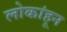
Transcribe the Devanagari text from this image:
लोकांहून